Lunatic asylums Central Provinces reports 1886-1894 - 1886-1894
Year: 1886
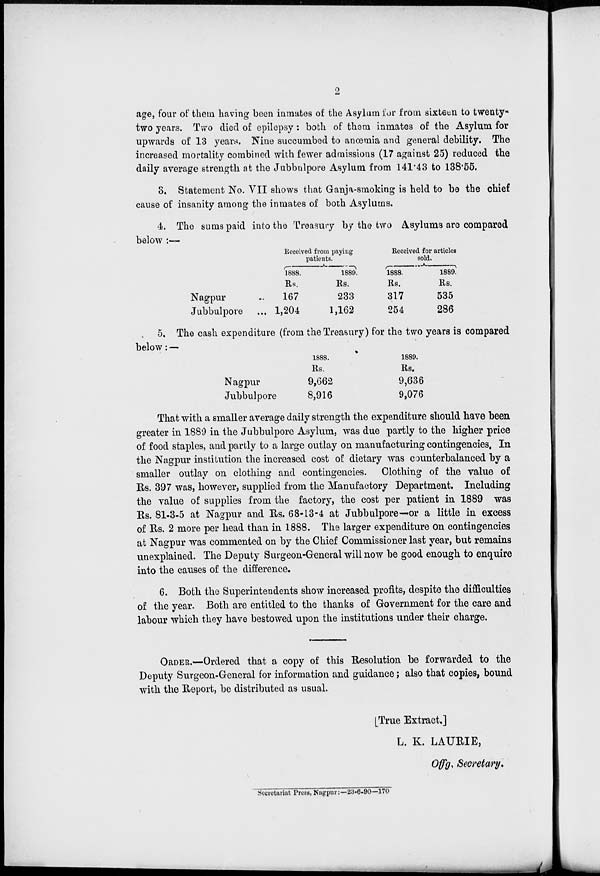
2
age, four of them having been inmates of the Asylum for from sixteen to twenty-
two years. Two died of epilepsy: both of them inmates of the Asylum for
upwards of 13 years. Nine succumbed to anœmia and general debility. The
increased mortality combined with fewer admissions (17 against 25) reduced the
daily average strength at the Jubbulpore Asylum from 141.43 to 138.55.
3. Statement No. VII shows that Ganja-smoking is held to be the chief
cause of insanity among the inmates of both Asylums.
4. The sums paid into the Treasury by the two Asylums are compared
below :—
Nagpur ...
Jubbulpore ...
Received from paying
patients.
1888.
Rs.
167
1,204
1889.
Rs.
233
1,162
Received for articles
sold.
1888.
Rs.
317
254
1889.
Rs.
535
286
5. The cash expenditure (from the Treasury) for the two years is compared
below: —
Nagpur
Jubbulpore
1888.
Rs.
9,662
8,916
1889.
Rs.
9,636
9,076
That with a smaller average daily strength the expenditure should have been
greater in 1889 in the Jubbulpore Asylum, was due partly to the higher price
of food staples, and partly to a large outlay on manufacturing contingencies. In
the Nagpur institution the increased cost of dietary was counterbalanced by a
smaller outlay on clothing and contingencies. Clothing of the value of
Rs. 397 was, however, supplied from the Manufactory Department. Including
the value of supplies from the factory, the cost per patient in 1889 was
Rs. 81-3-5 at Nagpur and Rs. 68-13-4 at Jubbulpore—or a little in excess
of Rs. 2 more per head than in 1888. The larger expenditure on contingencies
at Nagpur was commented on by the Chief Commissioner last year, but remains
unexplained. The Deputy Surgeon-General will now be good enough to enquire
into the causes of the difference.
6. Both the Superintendents show increased profits, despite the difficulties
of the year. Both are entitled to the thanks of Government for the care and
labour which they have bestowed upon the institutions under their charge.
ORDER.—Ordered that a copy of this Resolution be forwarded to the
Deputy Surgeon-General for information and guidance; also that copies, bound
with the Report, be distributed as usual.
[True Extract.]
L. K. LAURIE,
Of f g. Secretary.
Secretariat Press, Nagpur:—23-6-90—170